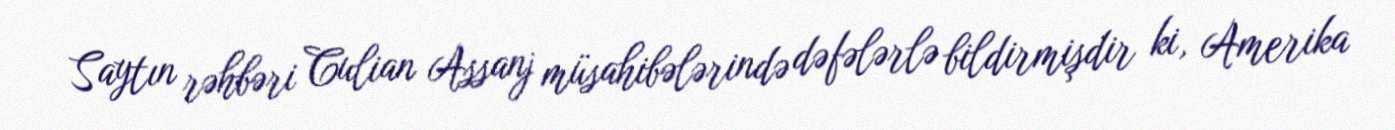
Saytın rəhbəri Culian Assanj müsahibələrində dəfələrlə bildirmişdir ki, Amerika